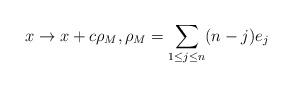
LaTeX: \begin{align*}x\to x+c\rho_M, \rho_M=\sum_{1\leq j\leq n} (n-j)e_j\end{align*}